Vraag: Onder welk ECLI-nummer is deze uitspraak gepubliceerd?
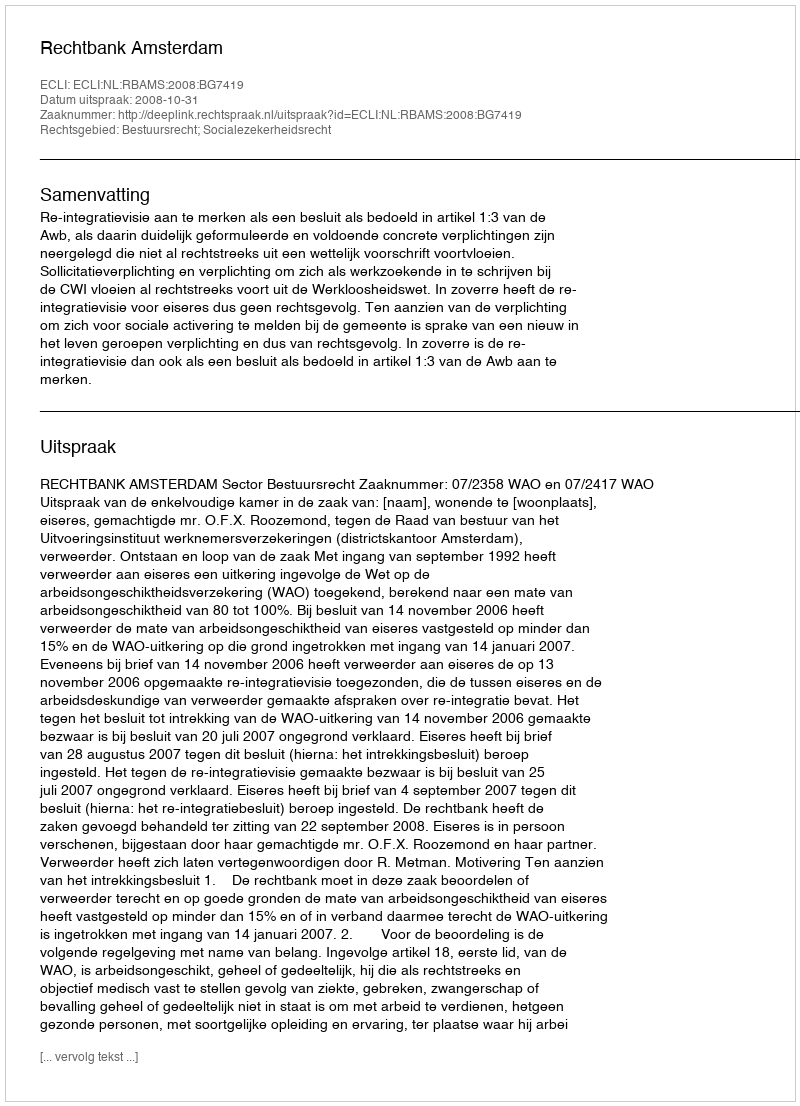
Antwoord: ECLI:NL:RBAMS:2008:BG7419